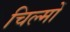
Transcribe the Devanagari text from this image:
चिल्मों